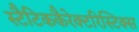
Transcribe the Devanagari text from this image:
स्टैटिककैरेक्टरिस्टिक्स